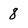
Character: 8